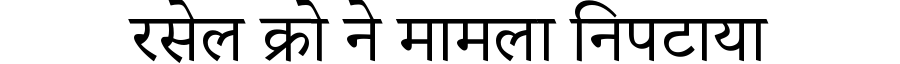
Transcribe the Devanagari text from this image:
रसेल क्रो ने मामला निपटाया